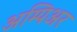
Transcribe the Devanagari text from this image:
अम्पिअर